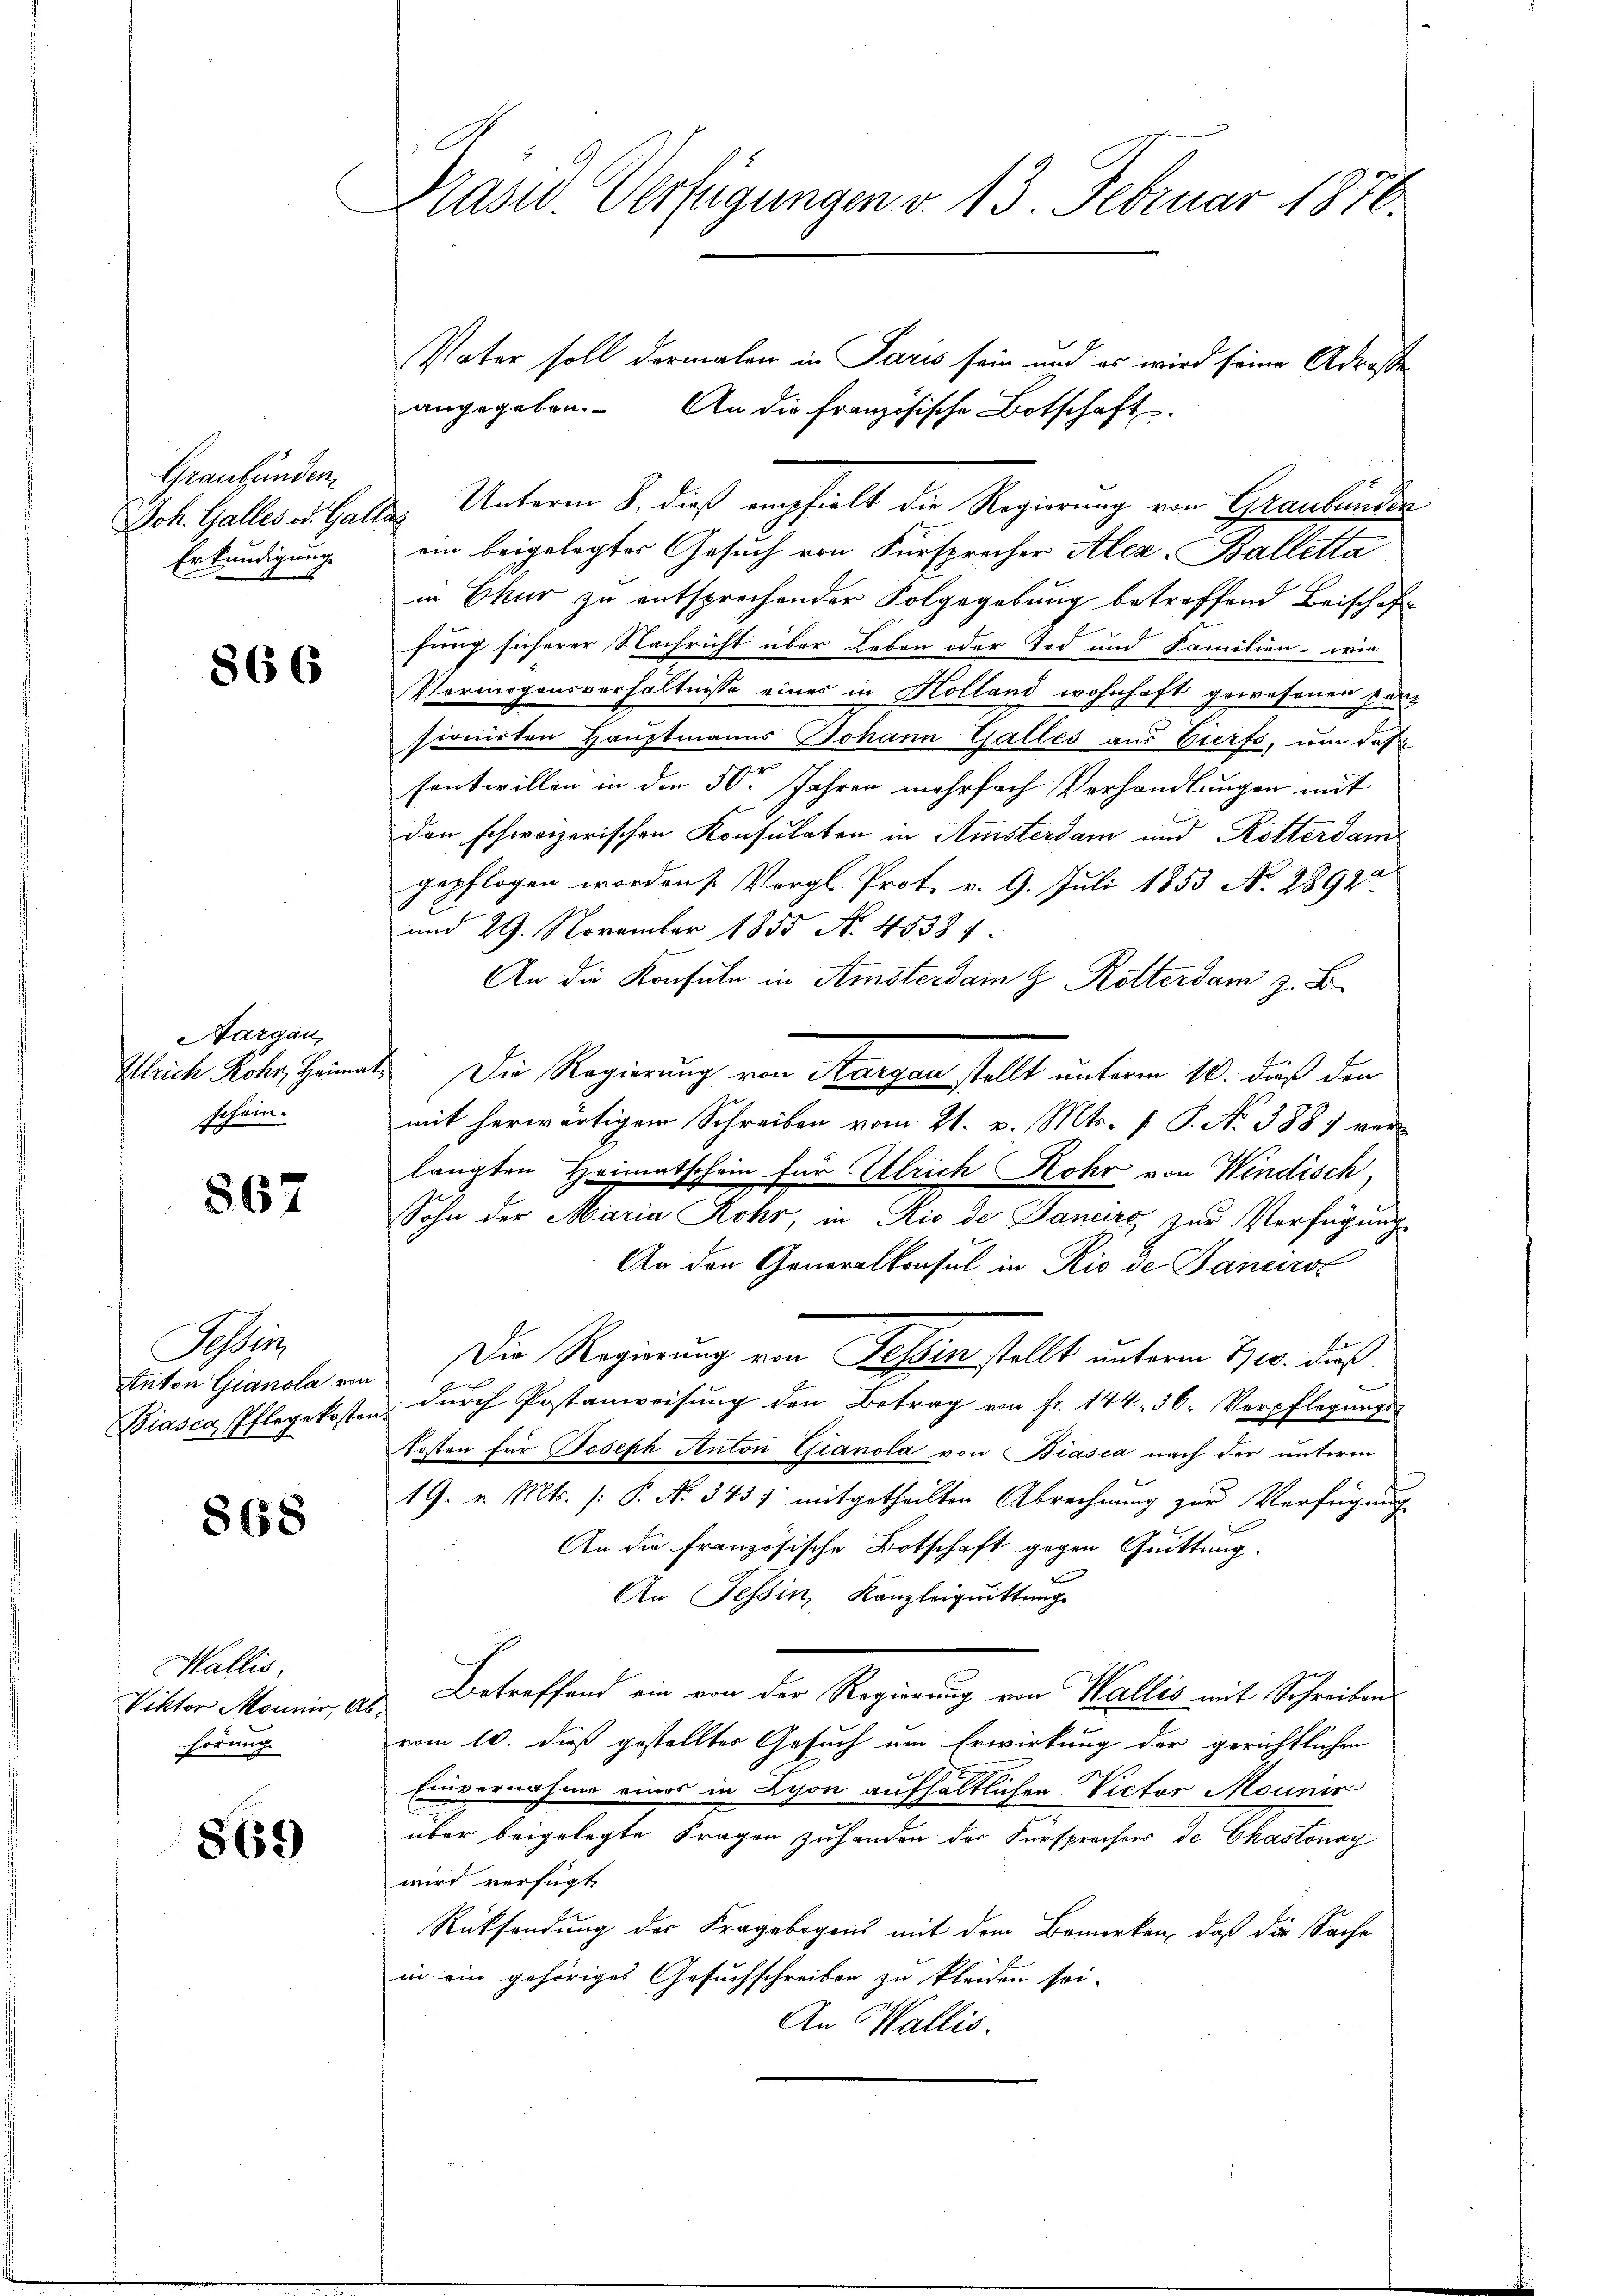
Graubünden
Erkundigung

866

Aargau,
schein.

867

Tessin
Anton Gianola von

868

Wallis
Viktor Monnir,
hörung

869)

Präsid. Verfügungen v. 13. Februar 1870.

Vater soll dermalen in Paris sein und es wird seine Adresse
angegeben. An die französische Botschaft.
Joh. Galles u. Galle Unterm 8. dieß empfielt die Regierung von Graubünden
ein beigelegter Gesuch von Fürsprecher Alex. Balletta
in Chur zu entsprechender Folgegebung betreffend Beischaft
fung sicherer Nachricht über Leben oder Tod und Familien, wie
Vermögensverhältnisse eines in Holland wohnhaft gewesenen Persionirten Hauptmanns Johann Galles aus Vierfs, um daß
sentwillen in der 50 Jahren mehrfach Verhandlungen mit
den schweizerischen Konsulaten in Amsterdam und Rittersam
gepflogen worden s. Vergl. Prot. v. 9. Juli 1853 No 2892
und 29. November 1855 N. 45381.
An die Konsuln in Amsterdam G. Rotterdam z. B.
Gleich Rohr. Heimat. Die Regierung von Aargau stellt unterm 10. dieß den
mit herwärtigen Schreiben vom 21. v. Mts. f. P. No 388; verlangten Heimatschein für Ulrich Rohr von Windisch,
Sohn der Maria Rohr, in Rio de Janeirs zur Verfügung
An den Generalkonsul in Rio de Jancirst
Die Regierung von Tessin stellt unterm 2700. durc
f
Biasca Pflegekosten dŭrch Postanweisŭng den Betrag von fr. 144. 36. Verpflegŭngs-
kosten für Joseph Anton Gianola von Biasca nach der unterm
19. v. Mts. (: P. No 345) mitgetheilten Abrechnung zur Verfügung
An die französische Botschaft gegen Quittung.
An Tessin, Kanzleiquittung
Betreffend ein von der Regierung von Wallis mit Schreiben¬
2
vom 10. dieß gestellter Gesuch um Erwirkung der gerichtlichen
Einvernahme eines in Lyon aufhältlichen Victor Mounir
über beigelegte Fragen zu handen der Fürsprachers de Chastonag
wird verfügt
Rücksendung der Fragebogens mit dem Bemerken, daß die Sache
in ein gehöriges Gesuchschreiben zu kleiden sei.
An Wallis.